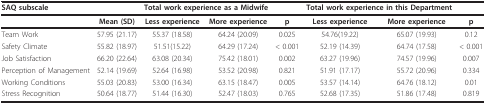
| SAQ subscale |  | <COLSPAN=2> Total work experience as a Midwife |  | <COLSPAN=2> Total work experience in this Department |  |
 | --- | --- | --- | --- | --- | --- | --- | --- |
 |  | Mean (SD) | Less experience | More experience | p | Less experience | More experience | p |
 | Team Work | 57.95 (21.17) | 55.37 (18.58) | 64.24 (20.09) | 0.025 | 54.76(19.22) | 65.07 (19.93) | 0.12 |
 | Safety Climate | 55.82 (18.97) | 51.51(15.22) | 64.29 (17.24) | < 0.001 | 52.19 (14.39) | 64.74 (17.58) | < 0.001 |
 | Job Satisfaction | 66.20 (22.64) | 63.08 (20.34) | 75.42 (18.01) | 0.002 | 63.27 (19.96) | 74.57 (19.96) | 0.007 |
 | Perception of Management | 52.14 (19.69) | 52.64 (16.98) | 53.52 (20.98) | 0.821 | 51.91 (17.17) | 55.72 (20.96) | 0.334 |
 | Working Conditions | 55.03 (20.83) | 53.00 (16.34) | 63.15 (18.47) | 0.005 | 53.57 (14.14) | 64.76 (18.12) | 0.01 |
 | Stress Recognition | 50.64 (18.77) | 51.44 (16.30) | 52.47 (18.03) | 0.765 | 52.68 (17.35) | 51.86 (17.48) | 0.819 |